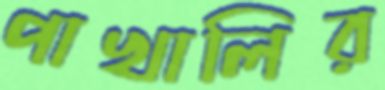
পাখালির